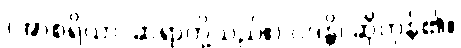
(အာစရိယာ၊ ဆရာတို့သည်။) ဝဒန္တိ၊ ဆိုကုန်၏။